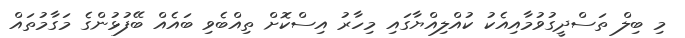
މި ބިލް ތަސްދީގުވުމާއިއެކު ކުއްލިއްޔާގައި މިހާރު އިސްކޮށް ތިއްބެވި ބައެެއް ބޭފުޅުންގެ މަގާމުތައް